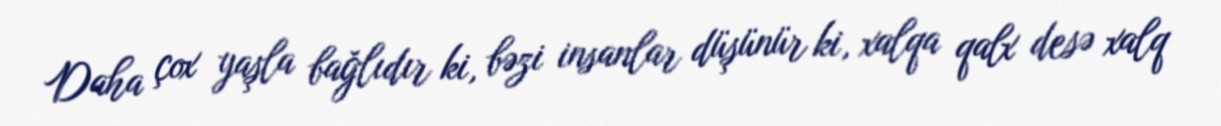
Daha çox yaşla bağlıdır ki, bəzi insanlar düşünür ki, xalqa qalx desə xalq